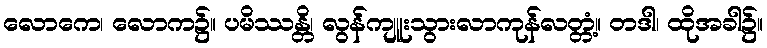
လောကေ၊ လောက၌။ ပမိဿန္တိ၊ လွန်ကျူးသွားလာကုန်လတ္တံ့။ တဒါ၊ ထိုအခါ၌။